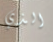
الذي